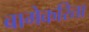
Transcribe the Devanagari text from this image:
बागेकरिता